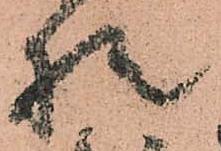
様